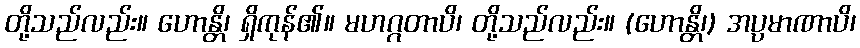
တို့သည်လည်း။ ဟောန္တိ၊ ရှိကုန်၏။ မဟဂ္ဂတာပိ၊ တို့သည်လည်း။ (ဟောန္တိ၊) အပ္ပမာဏာပိ၊